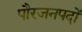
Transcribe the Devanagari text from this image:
पौरजनपदों